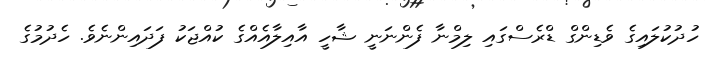
ހުދުކުލައިގެ ވެޑިންގް ޑްރެސްގައި ލިމްނާ ފެންނަނީ ޝާހީ އާއިލާއެއްގެ ކުއްޖަކު ފަދައިންނެވެ. ހެދުމުގެ